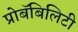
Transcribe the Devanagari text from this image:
प्रोबॅबिलिटी